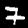
Digit: 7